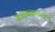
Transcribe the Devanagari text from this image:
राज्यकारभारादरम्यान